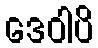
ဒေဝါပိ